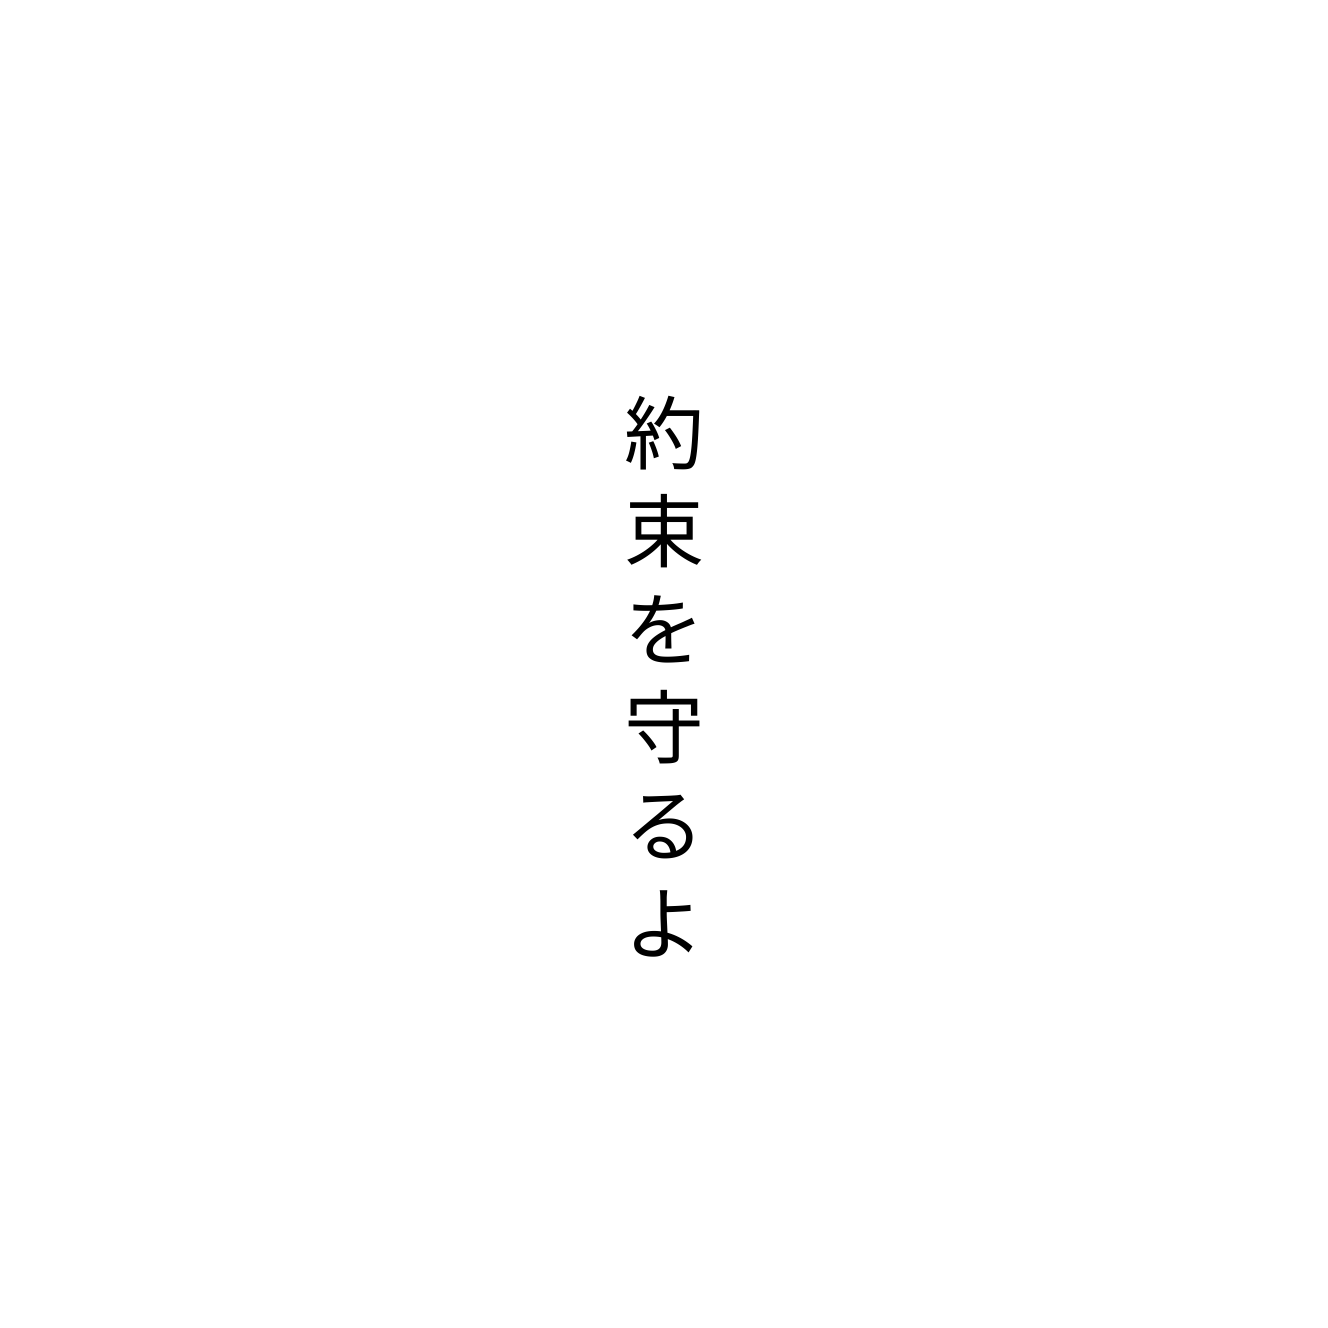
約束を守るよ